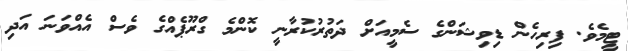
ޓީމެވެ. ފިރިހެން ޑިވިޝަންގެ ސެމީއަށް ދަތުރުކުރާނީ ކޮންމެ ގްރޫޕެއްގެ ވެސް އެއްވަނަ އަދި